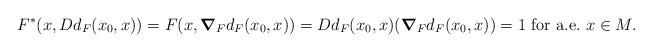
LaTeX: \begin{align*} F^*(x,D d_F(x_0,x))=F(x,\boldsymbol{\nabla}_F d_F(x_0,x))=D d_F(x_0,x)(\boldsymbol{\nabla}_F d_F(x_0,x))=1\ {\rm for\ a.e.}\ x\in M.\end{align*}